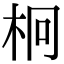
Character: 𣐒